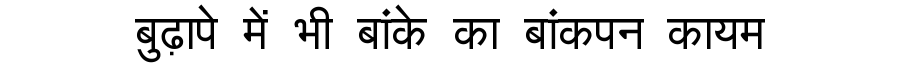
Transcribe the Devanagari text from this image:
बुढ़ापे में भी बांके का बांकपन कायम